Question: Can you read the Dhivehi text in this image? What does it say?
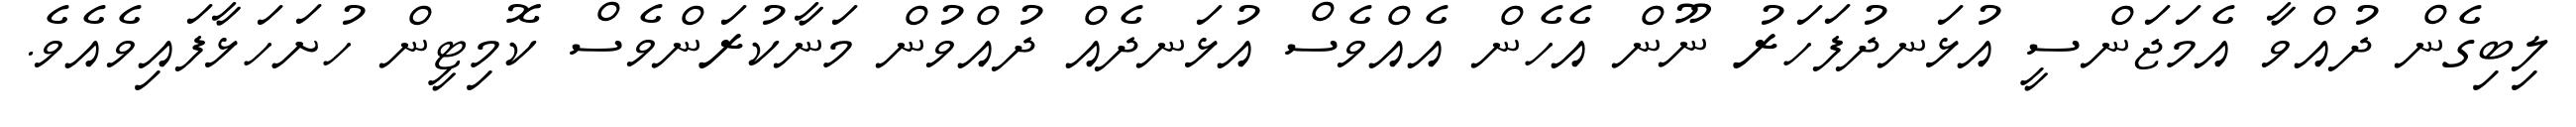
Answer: ލިބިގެން ދުއްވާ އެމަޖަންސީ އުޅަނދުފަހަރު ނޫން އެހެން އެއްވެސް އުޅަނދެއް ދުއްވުން މަނާކުރަންވެސް ކޮމިޓީން ހުށަހަޅާފައިވެއެވެ.